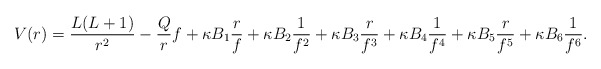
\begin{align*} V(r) = \frac{L(L+1)}{r^2} - \frac{Q}{r} f + \kappa B_1 \frac{r}{f} + \kappa B_2 \frac{1}{f^2} + \kappa B_3 \frac{r}{f^3} + \kappa B_4 \frac{1}{f^4} + \kappa B_5 \frac{r}{f^5} + \kappa B_6 \frac{1}{f^6}. \end{align*}